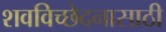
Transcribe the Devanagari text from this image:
शवविच्छेदनासाठी